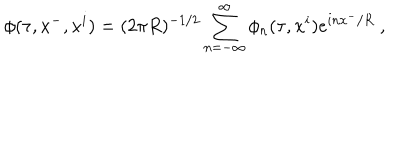
\phi ( \tau , x ^ { - } , x ^ { i } ) = ( 2 \pi R ) ^ { - 1 / 2 } \sum _ { n = - \infty } ^ { \infty } \phi _ { n } ( \tau , x ^ { i } ) e ^ { i n x ^ { - } / R } \ ,